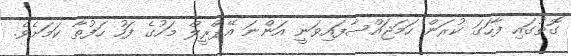
ގޮތުގައި ފާހަގަ ކުރަން ހަމަޖައްސާފައިވަނީ އަންނަ އޭޕްރީލް މަހުގެ ފަހު ހަފުތާ ކަމަށެވެ.